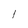
Character: l